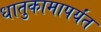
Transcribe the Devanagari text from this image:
धातुकामापर्यंत